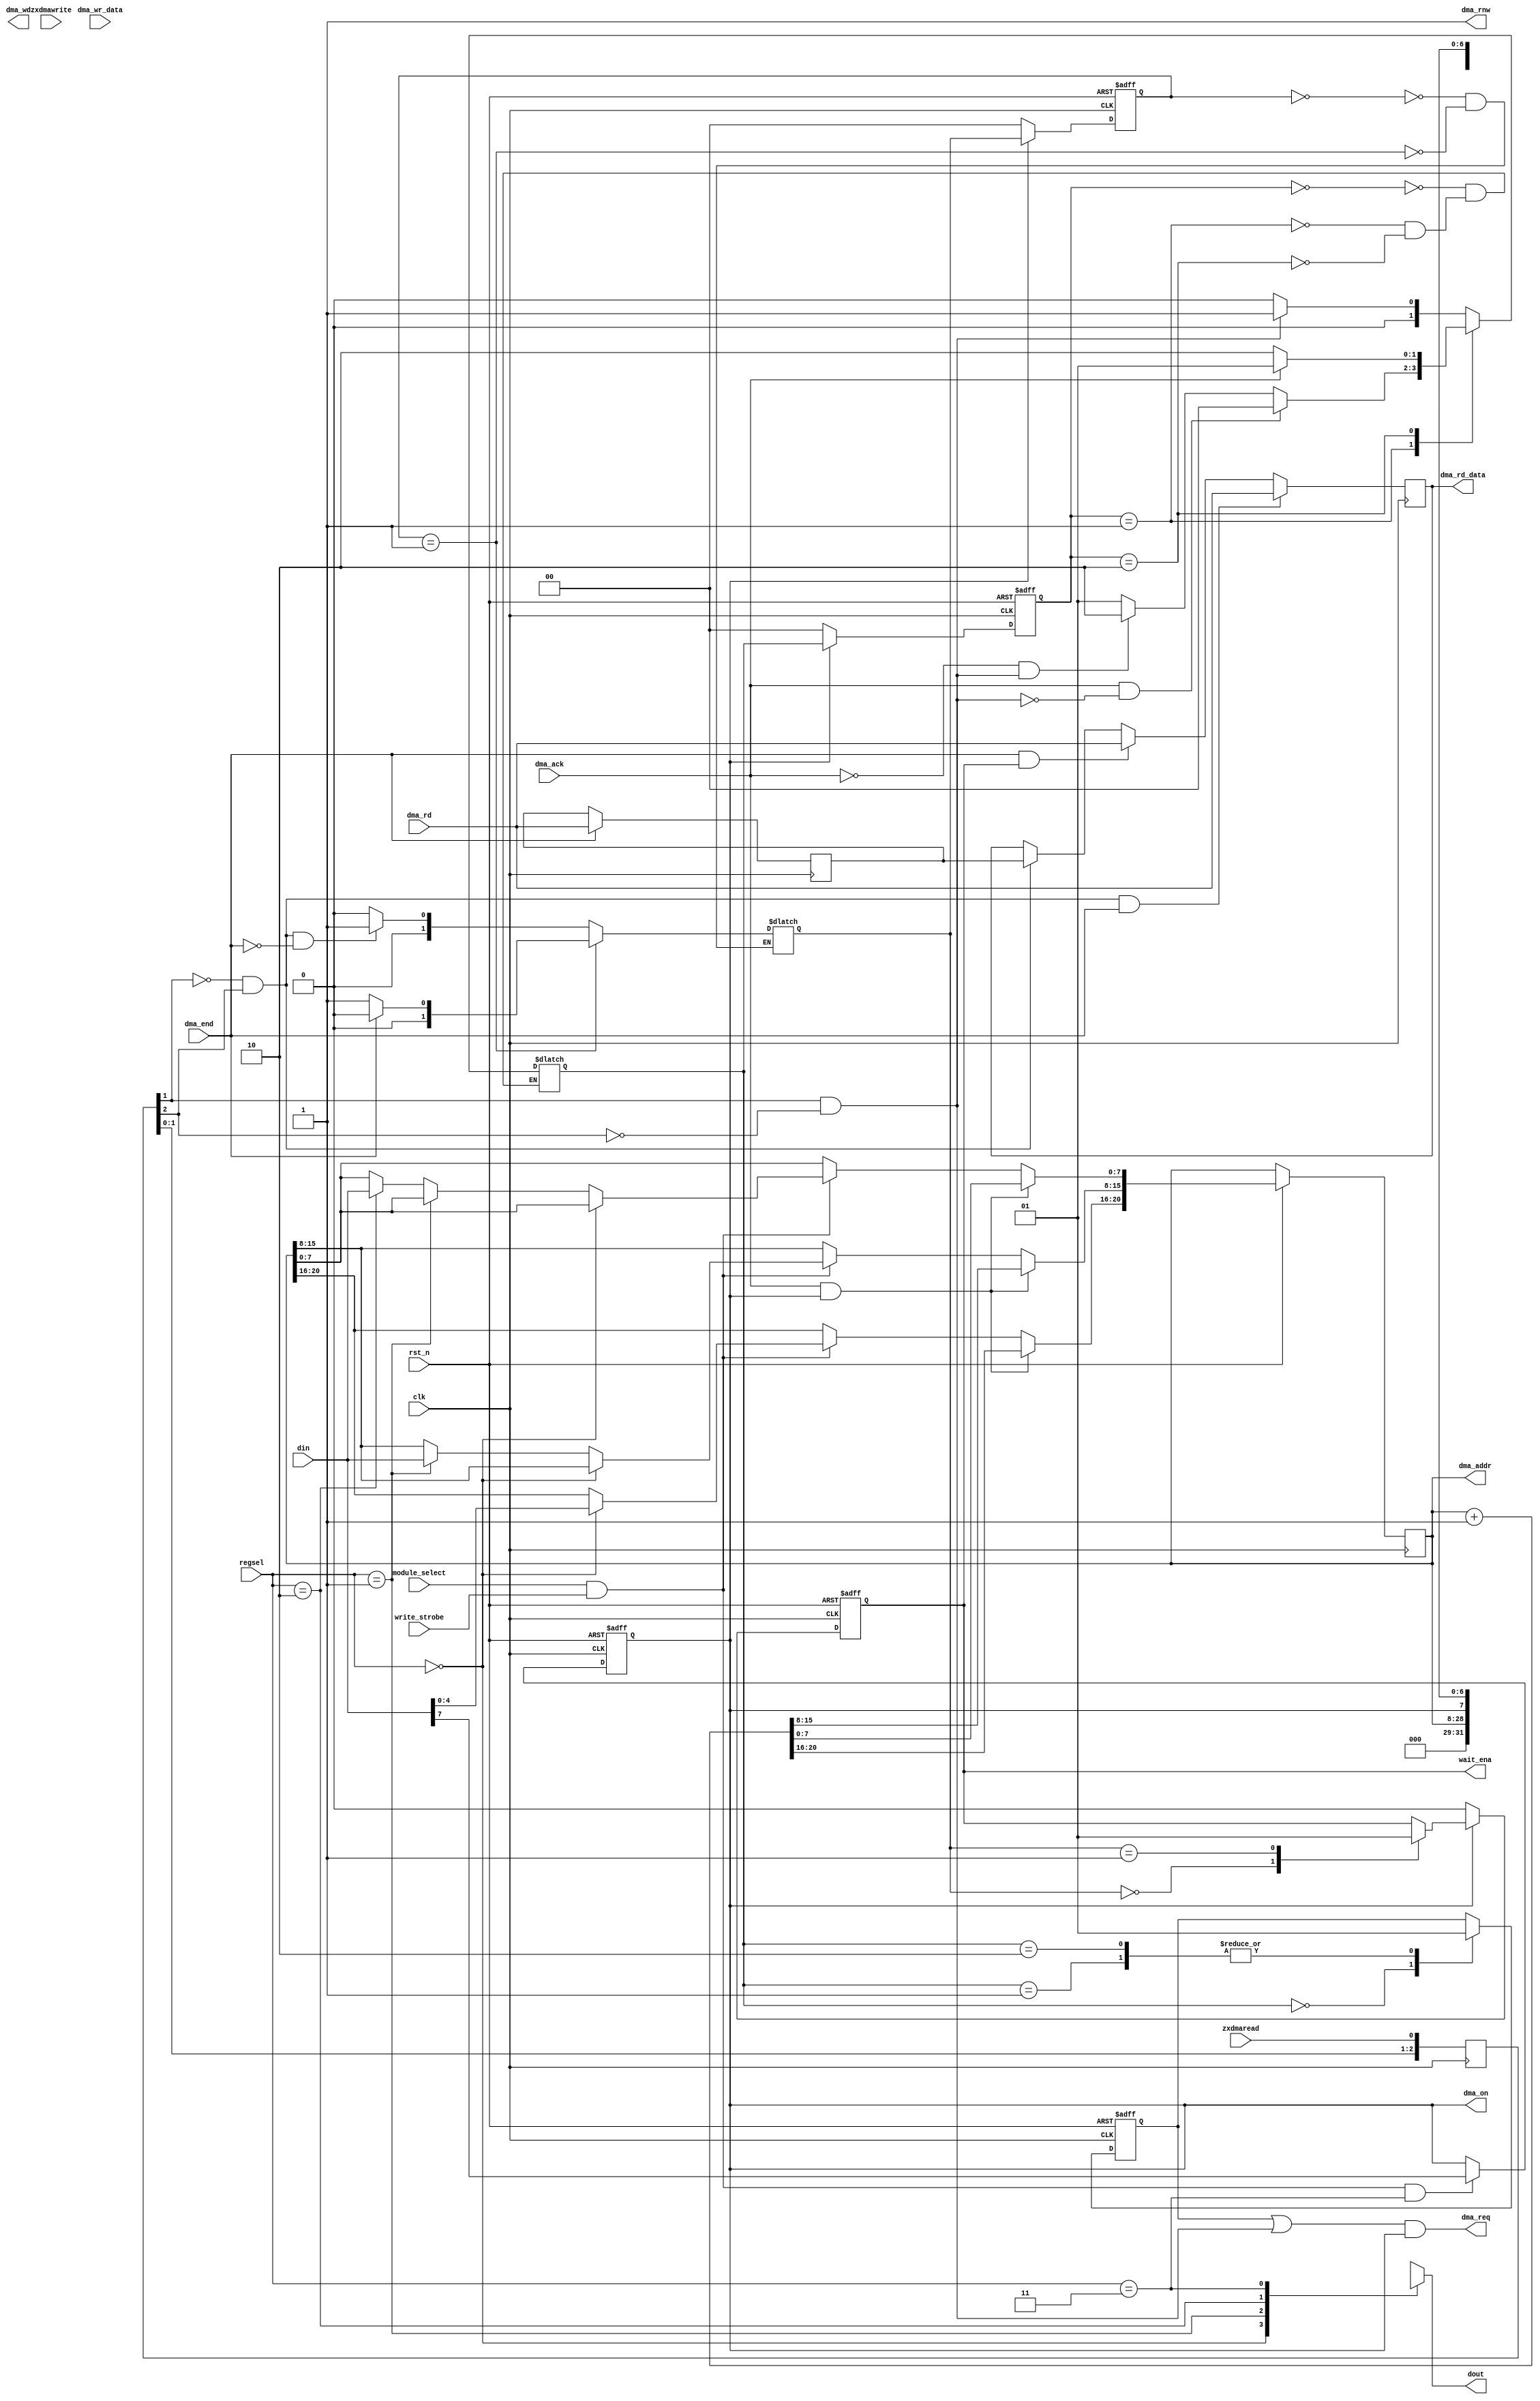
module dma_zx(

	input clk,
	input rst_n,


	// ZXBUS-related signals

	input zxdmaread,  // async strobes made directly from zxbus signals
	input zxdmawrite, //

	input      [7:0] dma_wr_data, // data written by ZXBUS here
	output reg [7:0] dma_rd_data, // to be output to the ZXBUS from here

	output reg wait_ena, // for zxbus module, to stop temporarily ZX Z80




	// different global & control signals

	output reg dma_on,


	// signals from ports.v

	input      [7:0] din,  // input and output from ports.v
	output reg [7:0] dout,

	input module_select, // =1 - module selected for read-write operations from ports.v
	input write_strobe, // one-cycle positive write strobe - writes to the selected registers from din

	input [1:0] regsel, // 2'b00 - high address, 2'b01 - middle address, 2'b10 - low address, 2'b11 - control register


	// signals for DMA controller

      output reg [20:0] dma_addr,
      output reg  [7:0] dma_wd,
      input       [7:0] dma_rd,
      output reg        dma_rnw,

      output reg dma_req,
      input      dma_ack,
      input      dma_end

);

	reg [7:0] dma_rd_temp; // temporarily buffered read data from DMA module

	reg [2:0] zxdmaread_sync;  // syncing appropriate zxbus signals
	reg [2:0] zxdmawrite_sync;

	reg zxread_begin, zxwrite_begin; // 1-cycle positive pulses based on synced in zxdmaread and zxdmawrite
	reg zxread_end,   zxwrite_end;   //


	reg dma_prereq; // to help assert dma_req one cycle earlier



	reg [1:0] waena_state,waena_next; // and wait_ena generation

	reg [1:0] dmarq_state,dmarq_next; // DMA req gen



	localparam _HAD = 2'b00; // high address
	localparam _MAD = 2'b01; // mid address
	localparam _LAD = 2'b10; // low address
	localparam _CST = 2'b11; // control and status

	// control dout bus
	always @*
	case( regsel[1:0] )
		_HAD: dout = { 3'b000, dma_addr[20:16] };
		_MAD: dout = dma_addr[15:8];
		_LAD: dout = dma_addr[7:0];
		_CST: dout = { dma_on, 7'bXXXXXXX };
	endcase

	// ports.v write access & dma_addr control
	always @(posedge clk, negedge rst_n)
	if( !rst_n ) // async reset
	begin
		dma_on <= 1'b0;
	end
	else // posedge clk
	begin
		// dma_on control
		if( module_select && write_strobe && (regsel==_CST) )
			dma_on <= din[7];

		// dma_addr control
		if( dma_ack && dma_on )
			dma_addr <= dma_addr + 21'd1; // increment on beginning of DMA transfer
		else if( module_select && write_strobe )
		begin
			if( regsel==_HAD )
				dma_addr[20:16] <= din[4:0];
			else if( regsel==_MAD )
				dma_addr[15:8]  <= din[7:0];
			else if( regsel==_LAD )
				dma_addr[7:0]   <= din[7:0];
		end
	end



	// syncing in zxdmaread and zxdmawrite, making _begin and _end pulses
	always @(posedge clk)
	begin
		zxdmaread_sync[2:0]  <= { zxdmaread_sync[1:0],  zxdmaread  };
		zxdmawrite_sync[2:0] <= { zxdmawrite_sync[1:0], zxdmawrite };
	end

	always @*
	begin
		zxread_begin  <= zxdmaread_sync[1]  && (!zxdmaread_sync[2]);
		zxwrite_begin <= zxdmawrite_sync[1] && (!zxdmawrite_sync[2]);

		zxread_end  <= (!zxdmaread_sync[1])  && zxdmaread_sync[2];
		zxwrite_end <= (!zxdmawrite_sync[1]) && zxdmawrite_sync[2];
	end



	// temporary: dma_rnw always at read state
	always @* dma_rnw = 1'b1;



	// FSM for wait_enable

	localparam waenaIDLE = 0;
	localparam waenaWAIT = 1;

	always @(posedge clk, negedge rst_n)
	if( !rst_n )
		waena_state <= waenaIDLE;
	else if( !dma_on )
		waena_state <= waenaIDLE;
	else
		waena_state <= waena_next;

	always @*
	case( waena_state )
		waenaIDLE:
			if( zxread_end && (!dma_end) )
				waena_next <= waenaWAIT;
			else
				waena_next <= waenaIDLE;
		waenaWAIT:
			if( dma_end )
				waena_next <= waenaIDLE;
			else
				waena_next <= waenaWAIT;
	endcase

	always @(posedge clk, negedge rst_n)
	if( !rst_n )
		wait_ena <= 1'b0;
	else if( !dma_on )
		wait_ena <= 1'b0;
	else
	case( waena_next )
		waenaIDLE:
			wait_ena <= 1'b0;
		waenaWAIT:
			wait_ena <= 1'b1;
	endcase



	// FSM for dma request

	localparam dmarqIDLE = 0;
	localparam dmarqREQ1 = 1;
	localparam dmarqREQ2 = 2;

	always @(posedge clk, negedge rst_n)
	if( !rst_n )
		dmarq_state <= dmarqIDLE;
	else if( !dma_on )
		dmarq_state <= dmarqIDLE;
	else
		dmarq_state <= dmarq_next;

	always @*
	case( dmarq_state )
		dmarqIDLE:
			if( zxread_begin )
				dmarq_next <= dmarqREQ1;
			else
				dmarq_next <= dmarqIDLE;
		dmarqREQ1:
			if( dma_ack && (!zxread_begin) )
				dmarq_next <= dmarqIDLE;
			else if( (!dma_ack) && zxread_begin )
				dmarq_next <= dmarqREQ2;
			else // nothing or both zxread_begin and dma_ack
				dmarq_next <= dmarqREQ1;
		dmarqREQ2:
			if( dma_ack )
				dmarq_next <= dmarqREQ1;
			else
				dmarq_next <= dmarqREQ2;
	endcase

	always @(posedge clk, negedge rst_n)
	if( !rst_n )
		dma_prereq <= 1'b0;
	else
	case( dmarq_next )
		dmarqIDLE:
			dma_prereq <= 1'b0;
		dmarqREQ1:
			dma_prereq <= 1'b1;
		dmarqREQ2:
			dma_prereq <= 1'b1;
	endcase

	always @* dma_req <= (dma_prereq | zxread_begin) & dma_on;


	// pick up data from DMA

	always @(posedge clk) if( dma_end ) dma_rd_temp <= dma_rd;

	always @(posedge clk)
	begin
		if( zxread_end && dma_end ) // simultaneously coming zxread_end and dma_end: get data directly from dma
			dma_rd_data <= dma_rd;
		else if( dma_end && wait_ena ) // dma_end was after zxread_end: get data directly from dma
			dma_rd_data <= dma_rd;
		else if( zxread_end )
			dma_rd_data <= dma_rd_temp; // we can always corrupt dma_rd_data at zxread_end strobe, even if we
			                            // will overwrite it with newer arrived data later
	end


endmodule